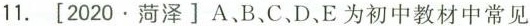
11.[2020.菏泽]A、B、C、D、E为初中教材中常见